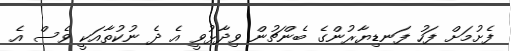
ފެށުމަށް ފަހު ފަނޑިޔާރުންގެ ބެންޗުން ވިދާޅުވީ އެ ދެ ނުކުތާއަކީ ވެސް އެ